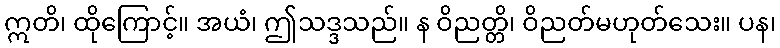
ဣတိ၊ ထိုကြောင့်။ အယံ၊ ဤသဒ္ဒသည်။ န ဝိညတ္တိ၊ ဝိညတ်မဟုတ်သေး။ ပန၊